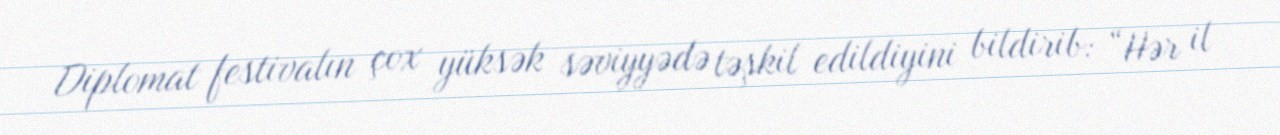
Diplomat festivalın çox yüksək səviyyədə təşkil edildiyini bildirib: “Hər il